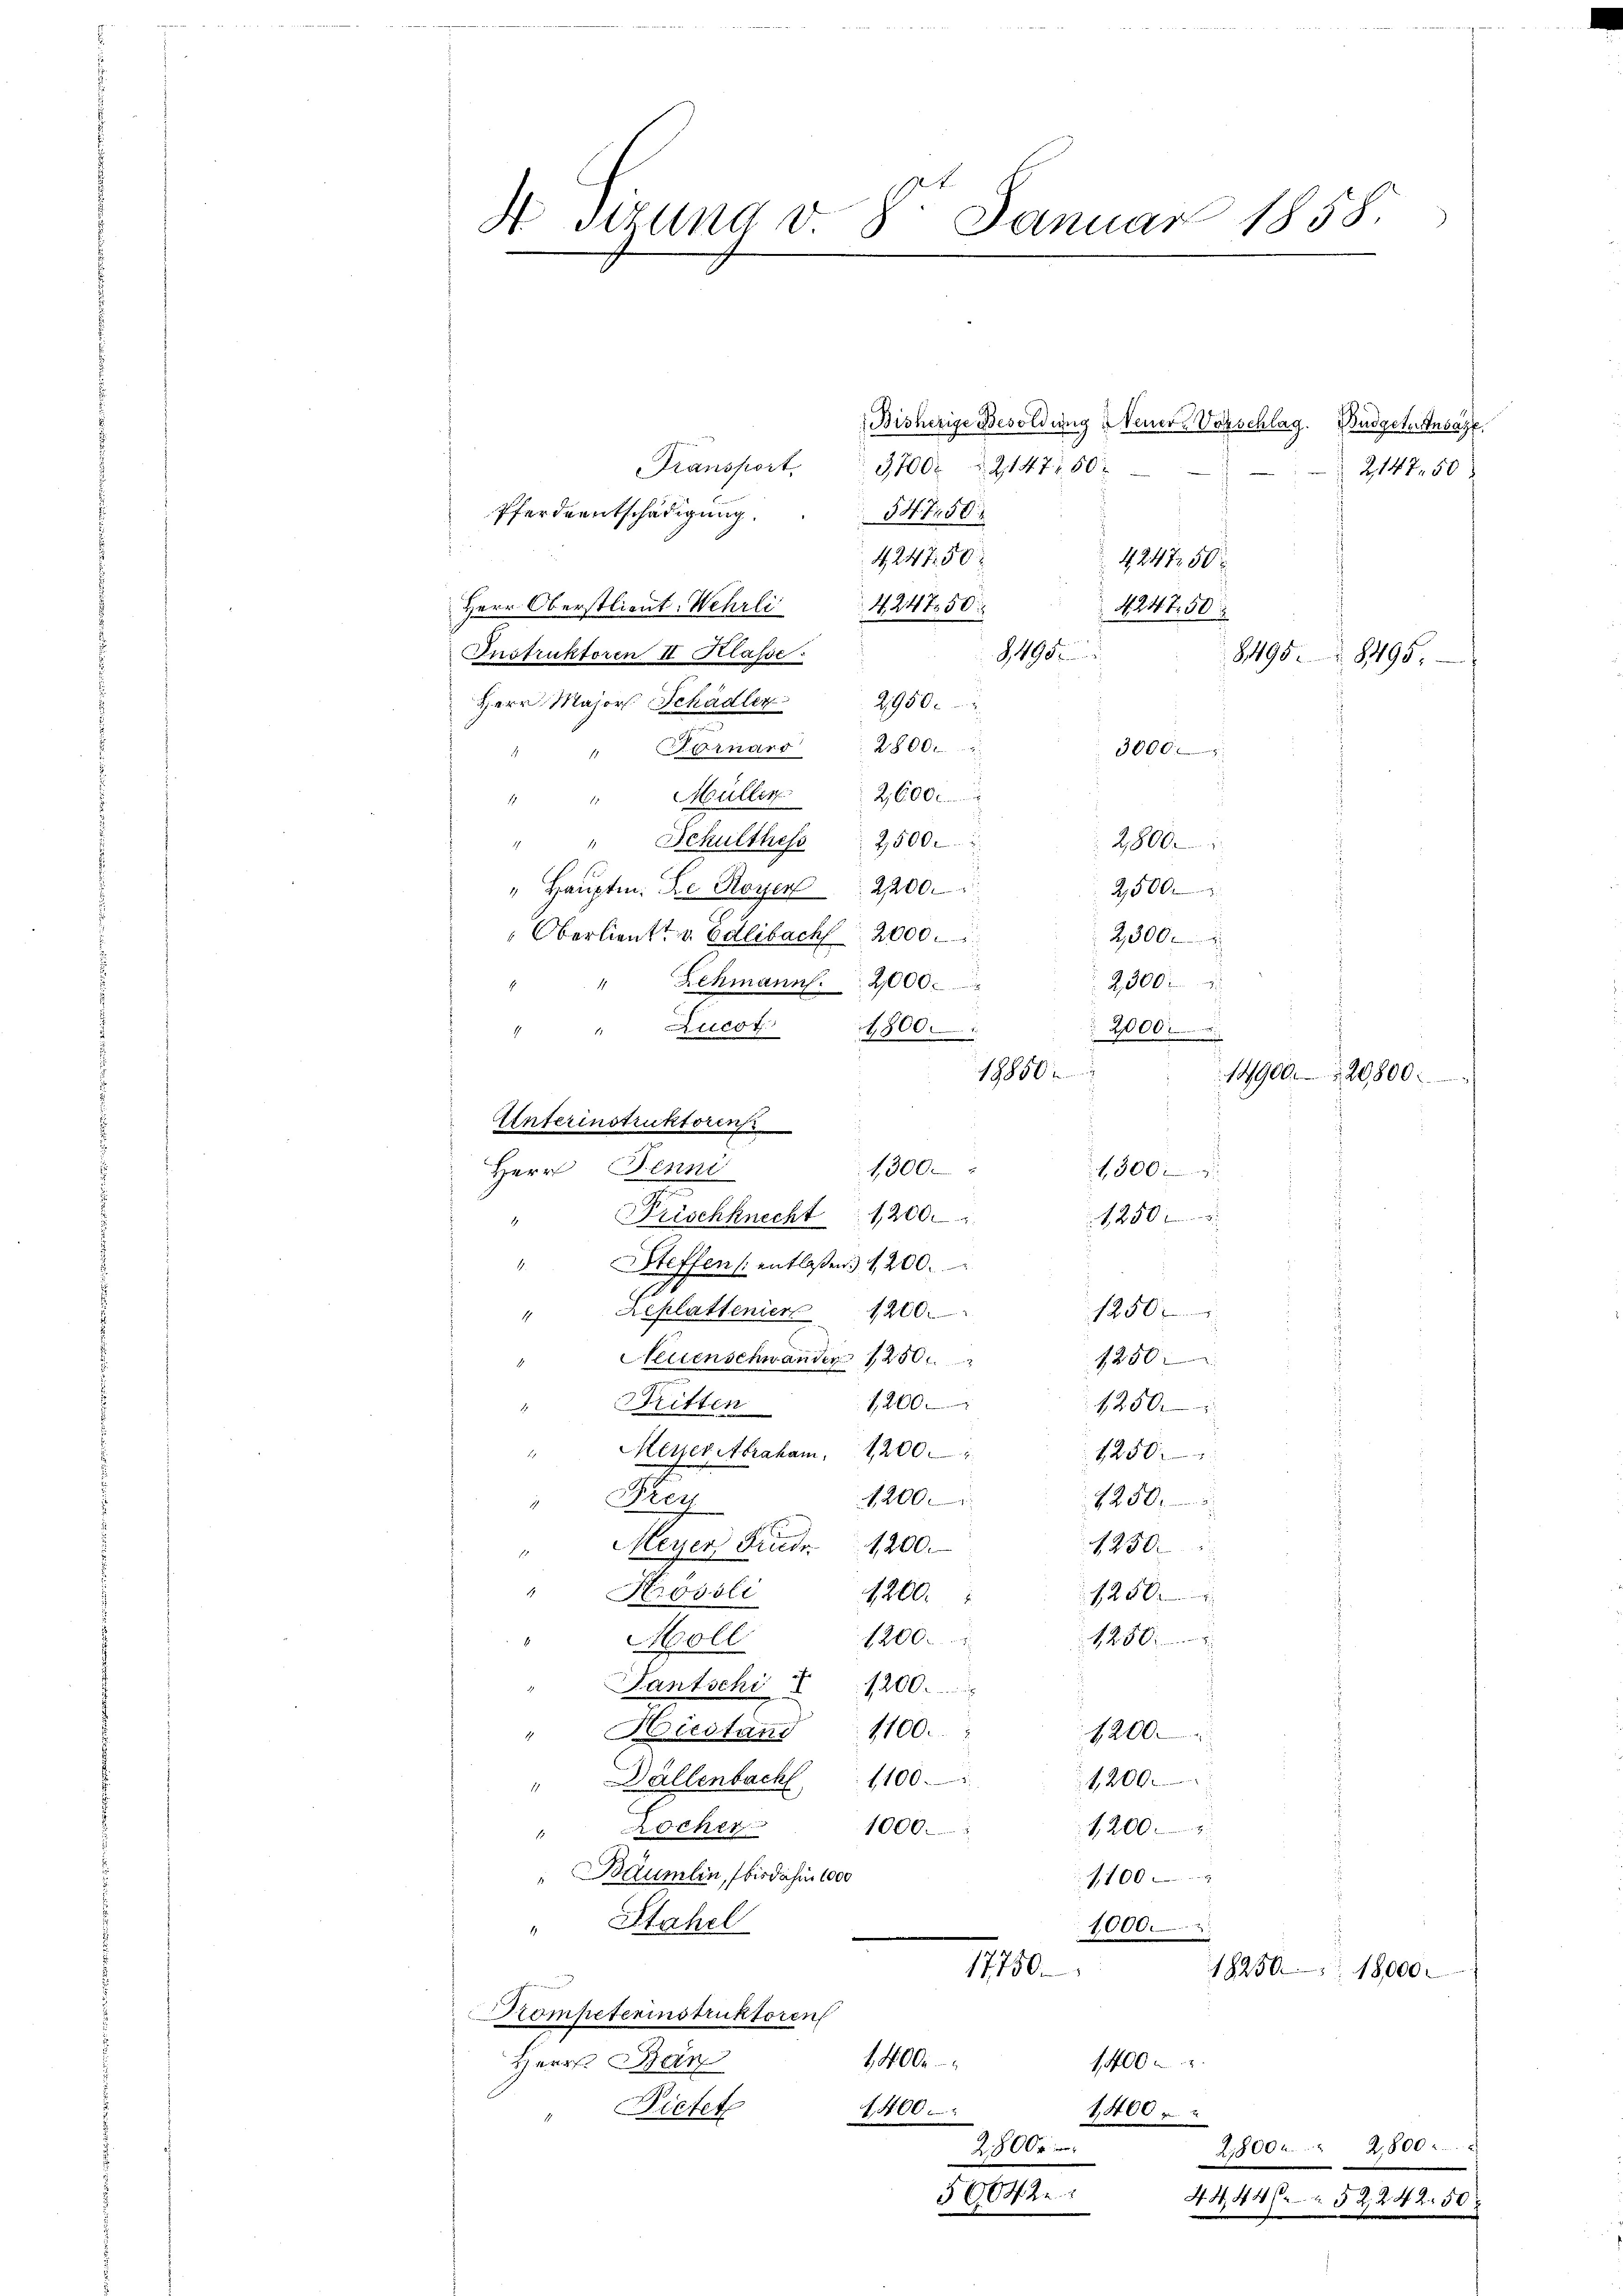
Bisherige Besoldung Neuer-Vorschlag. Budgetansaze
Transport
3,700 § 21472. 50
2147. 50
Pferdentschädigung.
54750
424750
424750
Herr Oberstlieut. Wehrli 424750.
4247. 50
8,495.
Instruktoren II Klasse:
8495. 8495.
Herr Major Schädler 2956.
" " Cornars : 2800
3000
" " Müller.  2600.
" " Schulthess 2500. 2
2,800
" Haŭptm. De Royen 2200.
2,500
Oberlieutt v. Edlibach 2000.
25000
2,300
Lehmann. 2000.
4 " Zucot.
2000
1800.
18850
Anferinstruktorens
Herr Jenni
1300
300
rischknecht 1200.
" Steffen (: entlassen 1200.
Leplattenien 1200.
1250
1.
Neuenschwander 1250
1250
1,200
1250
" Britten
" Meyer Abraham. 1200
1250
Ney
2250
1,200
4250
Meyer Friedr. 1200.
" Prosoli 1200.
1250
1250
1200
Moll
Tantschi " 1200.
" Hiestand 1100.
1200
1200
" Wällenbach 1100.
200
1000.
" Rocher
Bäumlin, bis dahin 1000
,100 x
" Stahel
1000.
17750
18250 18,000.
Kompeterinstruktoren
1,400
Herr Ban
1,00 x
Bietet
1400.
1,400
28000
2,800 " 2,800
56042
4444 f. 2 § 2, 242. 50

H sizung d. 8. Januar 1858.

250

14900. 20800